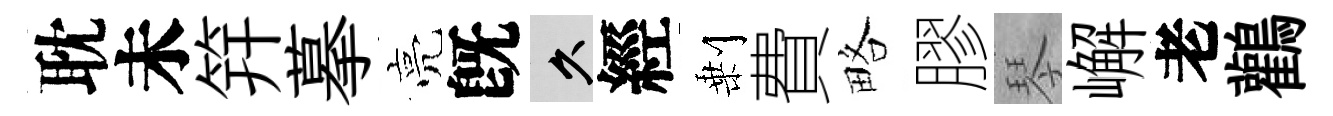
耽未笄摹亮旣久經剰費略膠琴嶰老鸛